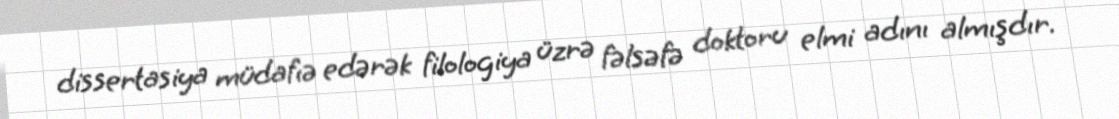
dissertasiya müdafıə edərək filologiya üzrə fəlsəfə doktoru elmi adını almışdır.